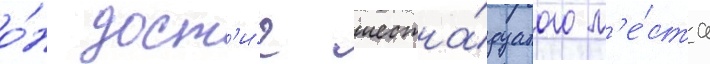
о́н дост'и́г шестна́дцатого м'е́ста